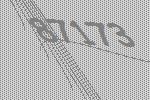
87173